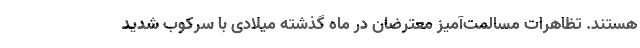
هستند. تظاهرات مسالمت‌آمیز معترضان در ماه گذشته میلادی با سرکوب شدید